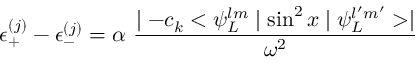
\epsilon _ { + } ^ { ( j ) } - \epsilon _ { - } ^ { ( j ) } = \alpha \ \frac { \mid - c _ { k } < \psi _ { L } ^ { l m } \mid \sin ^ { 2 } x \mid \psi _ { L } ^ { l ^ { \prime } m ^ { \prime } } > \mid } { \omega ^ { 2 } }